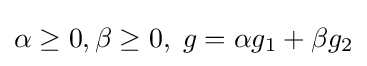
\alpha \geq 0,\beta \geq 0,\;g=\alpha g_{1}+\beta g_{2}